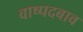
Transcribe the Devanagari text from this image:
वाष्पदबाव